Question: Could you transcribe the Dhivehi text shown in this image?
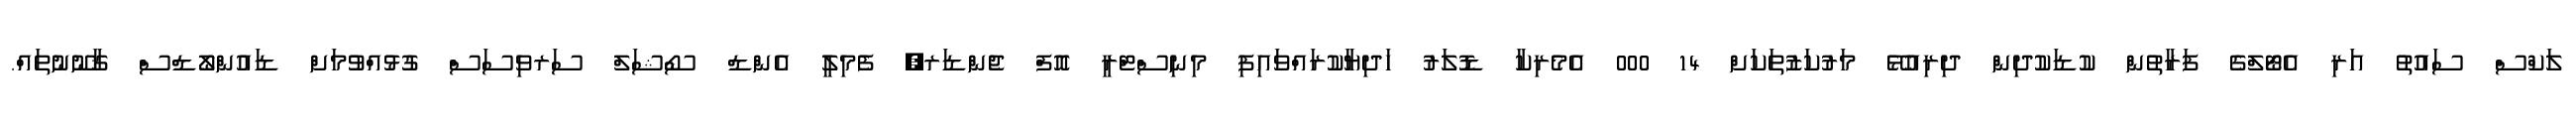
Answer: ލަކްސް ސައުތު އަރި އެޓޯލްގެ ފަރާތުން ކުޑަކުދިން ދިރިއުޅޭ މަރުކަޒުތަކަށް 14 000 އެމެރިކާ ޑޮލަރު ހަދިޔާކުރައްވައިފި މިނިސްޓްރީ އޮފް ޖެންޑަރ, ފެމިލީ އެންޑް ސޯޝަލް ސަރވިސަސް ގުޅުއްވުމަށް ޑައުންލޯޑްސް ޤާނޫނުތައް.